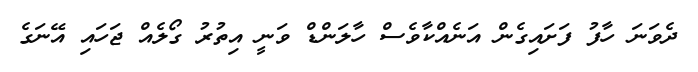
ދެވަނަ ހާފު ފަށައިގެން އަނެއްކާވެސް ހާލަންޑް ވަނީ އިތުރު ގޯލެއް ޖަހައި އޭނަގެ